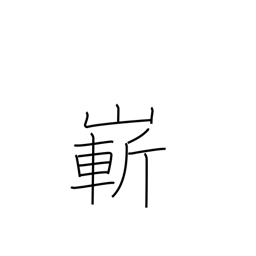
Meaning: steep or high mountain